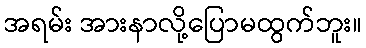
အရမ်း အားနာလို့ပြောမထွက်ဘူး။